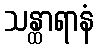
သန္ထာရာနံ